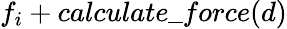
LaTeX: f_{i}+calculate\_ force(d)